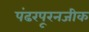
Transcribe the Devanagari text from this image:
पंढरपूरनजीक